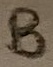
Text: B